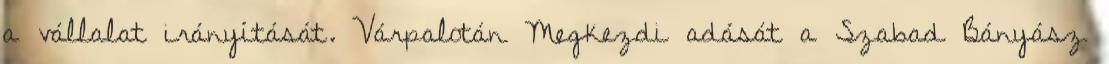
a vállalat irányítását. Várpalotán Megkezdi adását a Szabad Bányász